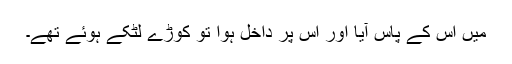
میں اس کے پاس آیا اور اس پر داخل ہوا تو کوڑے لٹکے ہوئے تھے۔